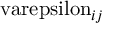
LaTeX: \mathrm { \ v a r e p s i l o n } _ { i j }